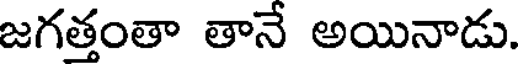
జగత్తంతా తానే అయినాడు.